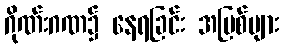
ဂိုဏ်းဂဏ၌ နေရခြင်း အပြစ်များ